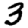
Digit: 3